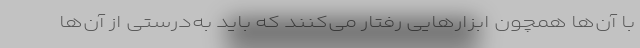
با آن‌ها همچون ابزارهایی رفتار می‌کنند که باید به‌درستی از آن‌ها